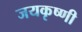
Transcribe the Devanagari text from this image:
जयकृष्णी